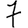
Digit: 7